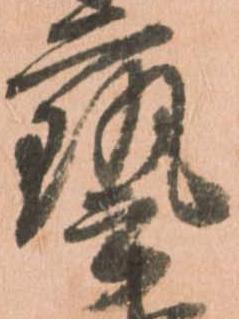
藝